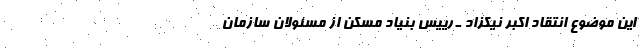
این موضوع انتقاد اکبر نیکزاد ـ رییس بنیاد مسکن از مسئولان سازمان